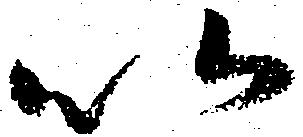
以